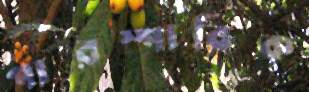
পারস্পারিক